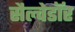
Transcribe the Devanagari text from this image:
सैल्वेडॉर